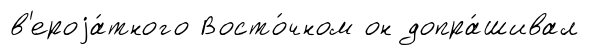
в'ероjа́тного Восто́чном он допра́шивал